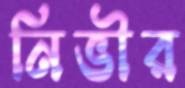
নিভীর